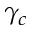
\gamma _ { c }